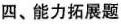
四、能力拓展题